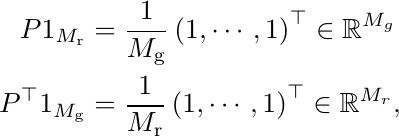
\begin{align*}
    P 1_{M_\mathrm{r}} &= \frac{1}{M_\mathrm{g}}\left( 1, \cdots, 1\right)^\top \in \mathbb R^{M_g}\\
    P^\top 1_{M_\mathrm{g}} &= \frac{1}{M_\mathrm{r}}\left( 1, \cdots, 1\right)^\top  \in \mathbb R^{M_r},
\end{align*}